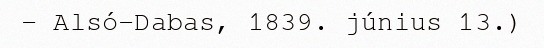
– Alsó-Dabas, 1839. június 13.)